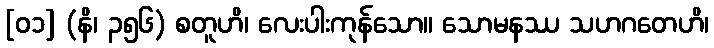
[၀၁] (နိ၊ ၃၅၆) စတူဟိ၊ လေးပါးကုန်သော။ သောမနဿ သဟဂတေဟိ၊